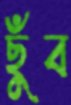
ছুঁব